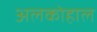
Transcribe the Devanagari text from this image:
अलकोहाल